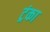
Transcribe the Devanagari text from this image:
ट्रंका